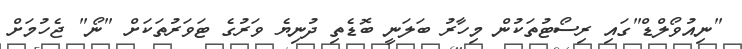
"ނިއުވޯލްޑް"ގައި ރިސޯޓުތަކުން މިހާރު ބަލަނީ ބޮޑެތި ދުނިޔެ ވަރުގެ ޓަވަރުތަކަށް "ނޯ" ޖެހުމަށް